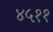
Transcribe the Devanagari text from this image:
४५११